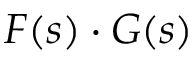
F ( s ) \cdot G ( s )